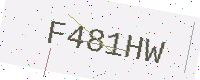
Text: F481HW